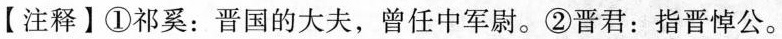
【注释】①祁奚：晋国的大夫，曾任中军尉。②晋君：指晋悼公。